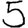
Digit: 5